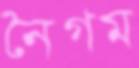
নৈগম